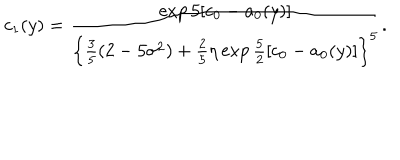
LaTeX: c _ { 1 } ( y ) = \frac { \exp 5 [ c _ { 0 } - a _ { 0 } ( y ) ] } { \left\{ \frac { 3 } { 5 } ( 2 - 5 \sigma ^ { 2 } ) + \frac { 2 } { 5 } \eta \exp \frac { 5 } { 2 } [ c _ { 0 } - a _ { 0 } ( y ) ] \right\} ^ { 5 } } .